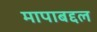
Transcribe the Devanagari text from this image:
मापाबद्दल